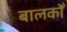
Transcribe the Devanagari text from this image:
बालकोँ